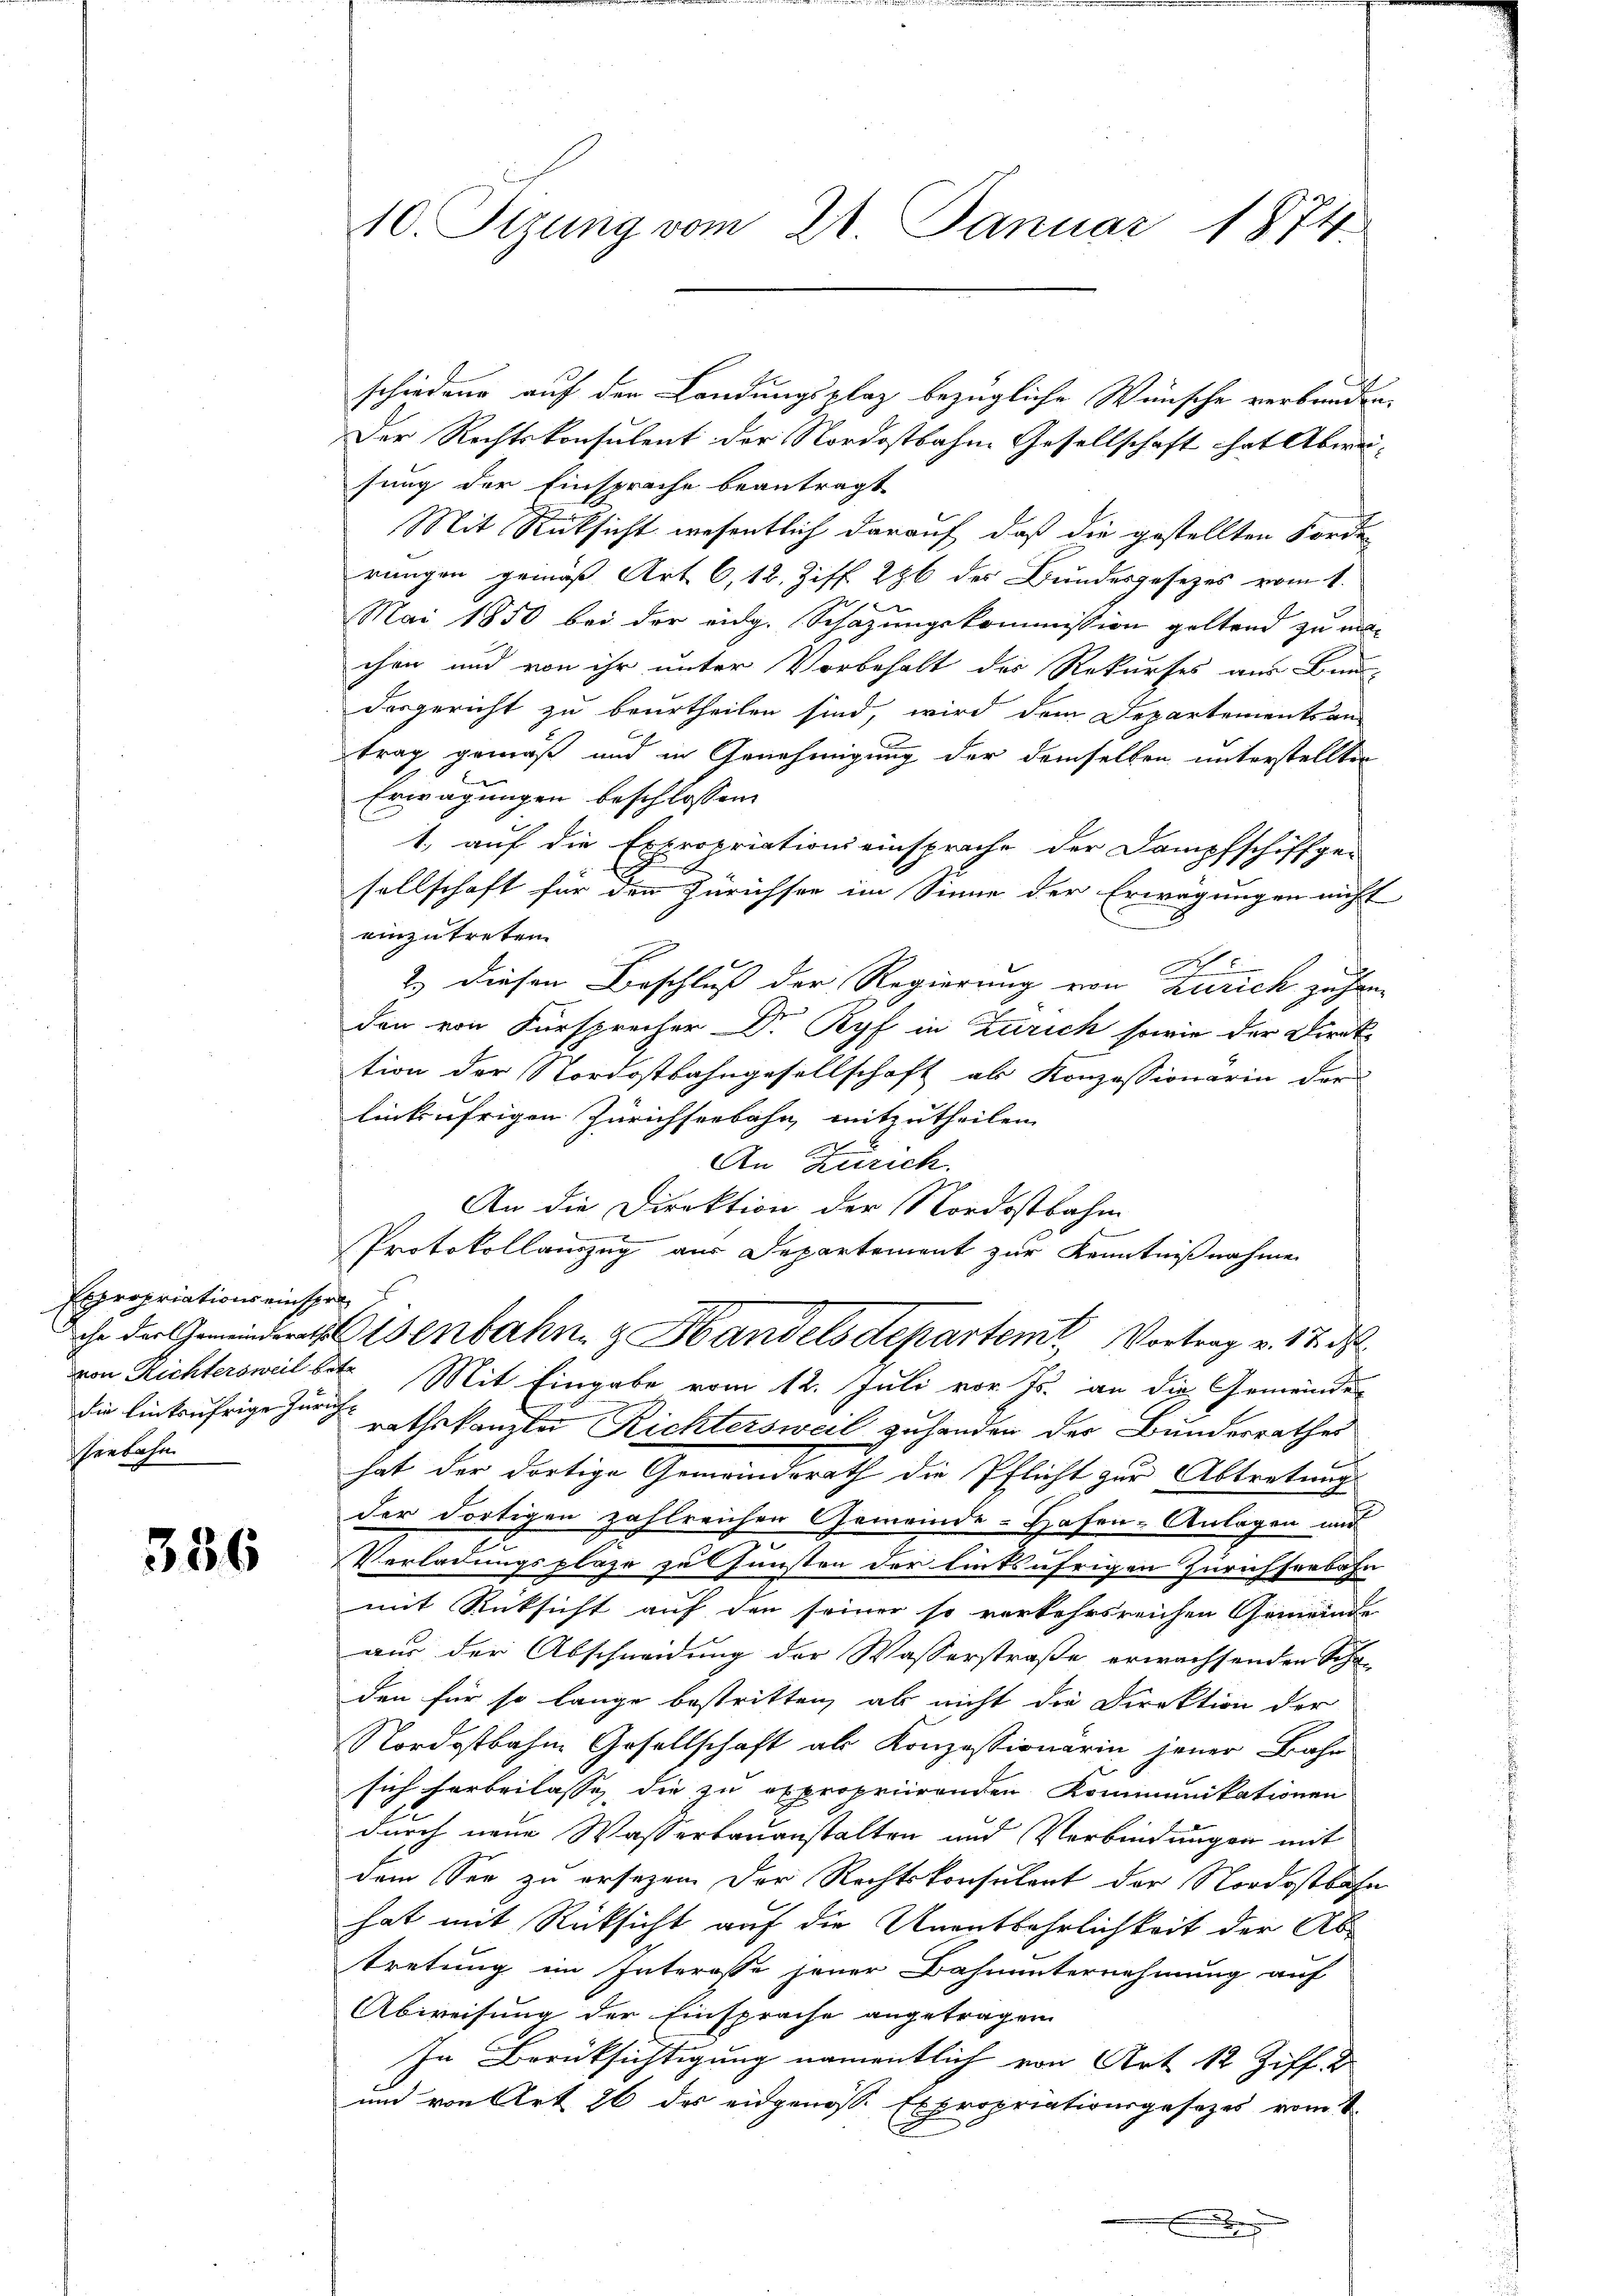
Expropriations einspra
seebahn

356

10. Tizung vom 21. Januar 1874.

schiedene auf der Landungsplatz bezügliche Wünsche verbunden.
Der Rechtskonsulent der Nordostbahne Gesellschaft hat Abwei-
sung der Einsprache beantragt
Mit Rücksicht wesentlich darauf, daß die gestellten Forde
rungen gemäß Art. 6, 12. Ziff. 286 des Bundesgesezes vom 1.
x
Mai 1850 bei der eidg. Schazungskommission geltend zu ma-
chen und von ihr unter Vorbehalt des Rekurses aus Band-
desgericht zu beurtheilen sind, wird dem Departementsan-
trag gemäß und in Genehmigung der demselben unterstellten
Erwägungen beschlossen
1. auf die Expropriationseinsprache der Dampfschiffge-
sellschaft für den Zürichsee im Sinne der Erwägungen nicht
einzutreten.
2.) Diesen Beschluß der Regierung von Zürich zu han-
den von Fürsprecher Dr Ryf in Zürich sowie der Direk
tion der Nordostbahngesellschaft als Konzessionärin der
linkufrigen Zürichseebahn, mitzutheilen.
An Zürich.
An die Direktion der Nordostbahn
Protokollauszug aus Departement zur Kenntnißnahme
isenbahn & Handelsdepartem Vortrag v. 17. d.
von Richtersweil betr. Mit Eingabe vom 12. Juli vor. Js. an die Gemeindes
die linksufrige Zürich rathskanzler Richtersweil zuhanden der Bundesrathes
hat der dortige Gemeinderath die Pflicht zur Abtretung
der dortigen zahlreichen Gemeinde-Hafen- Anlagen und
Verladungsplaze zu Gunsten der linksufrigen Zürichseebahn
mit Rücksicht auf den seiner so verkehrsreichen Gemeinde
aus der Abschneidung der Wasserstraße erwachsenden Schr
den für so lange bestritten, als nicht die Direktion der
Nordostbahn Gesellschaft als Konzessionarin jener Bahn
sich Farbeilasse die zu expropriirenden Kommunikationen
durch neue Wasserbauanstalten und Verbindungen mit
dem See zu ersezen. Der Rechtskonsulent der Nordostbahn
hat mit Rücksicht auf die Unentbehrlichkeit der Abtretung im Interosse jener Bahnunternehmung auf
Abweisung der Einsprache angetragen
In Berücksichtigung namentlich von Art 12 Ziff. d
und von Art 26 des eidgenosse Expropriationsgesezes vom 1